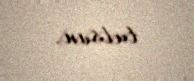
tutsun.